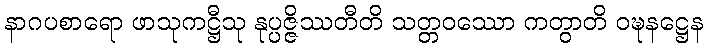
နာဂပစာရော ဖာသုကဋ္ဌီသု နုပ္ပဇ္ဇိဿတီတိ သတ္တဝဿော ကတွာတိ ဝဍ္ဎနဋ္ဌေန